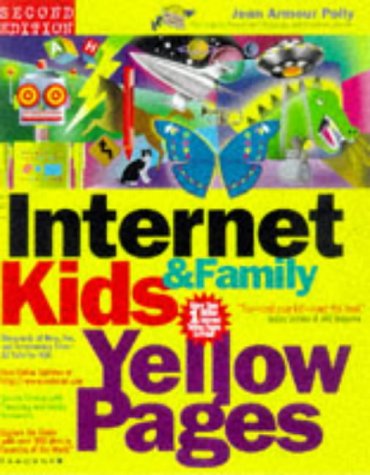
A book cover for The Internet Kids & Family Yellow Pages (2nd Ed) /  The Internet Kids and Family Yellow Pages (2nd Ed); Jean Armour Polly; Computers & Technology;